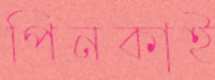
পিনকাই